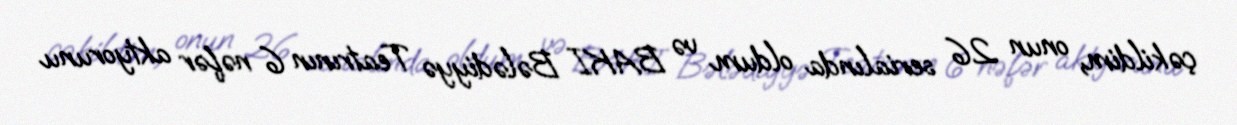
çəkildim, onun 26 serialında oldum və BAKI Bələdiyyə Teatrının 6 nəfər aktyorunu